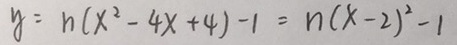
y = n ( x ^ { 2 } - 4 x + 4 ) - 1 = n ( x - 2 ) ^ { 2 } - 1